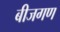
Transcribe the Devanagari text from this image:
बीजगण